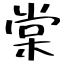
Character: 棠